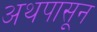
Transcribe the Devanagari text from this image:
अथपासून